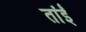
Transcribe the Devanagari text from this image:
तांईं